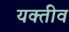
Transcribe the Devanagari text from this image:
यक्तीव